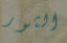
الثور